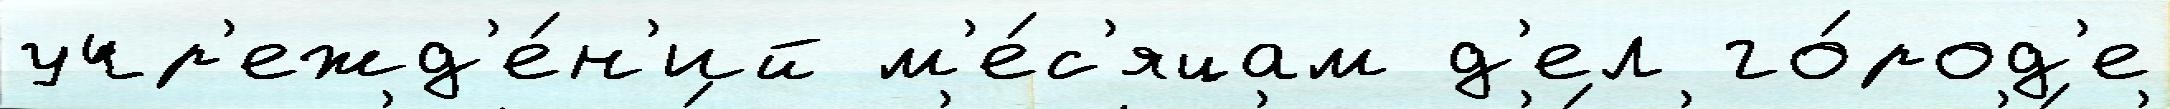
учр'ежд'е́н'ий м'е́с'яцам д'ел го́род'е